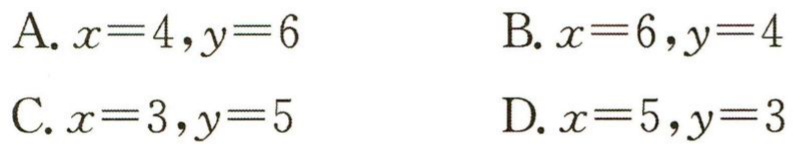
A. \(x = 4,y = 6\)

B. \(x = 6,y = 4\)

C. \(x = 3,y = 5\)

D. \(x = 5,y = 3\)